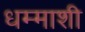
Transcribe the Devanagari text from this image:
धम्माशी